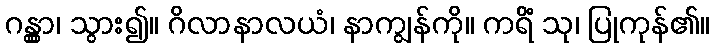
ဂန္တွာ၊ သွား၍။ ဂိလာနာလယံ၊ နာကျွန်ကို။ ကရိံ သု၊ ပြုကုန်၏။